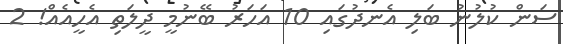
ސަން ކުލުނު ބަލި އެނދުގައި 10 އަހަރު ބޭނުމީ ދީލަތި އެހީއެއް! 2